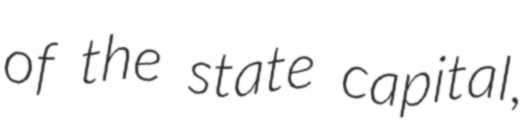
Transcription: of the state capital,